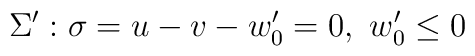
\Sigma ':  \sigma = u-v-w'_{0} =0, ~w'_{0}\leq 0